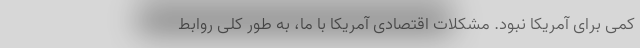
کمی برای آمریکا نبود. مشکلات اقتصادی آمریکا با ما، به طور کلی روابط